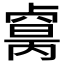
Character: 𠨈